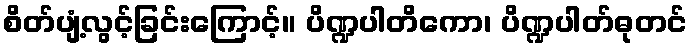
စိတ်ပျံ့လွင့်ခြင်းကြောင့်။ ပိဏ္ဍပါတိကော၊ ပိဏ္ဍပါတ်ဓုတင်